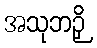
အသုဘဉှိ